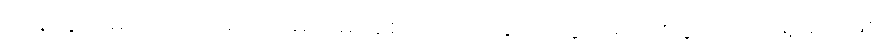
ကန့်ကွက်မည်ကို ဝင်ရတာ မိဘမျိုးစေ့ ဗြိတိသျှနိုင်ငံ သွားရောက်ဖွယ် ထားရှိမည်ဖြစ်